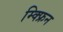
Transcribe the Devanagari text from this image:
म्क्फ्रिन